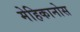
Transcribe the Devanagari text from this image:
मेहिकानोस